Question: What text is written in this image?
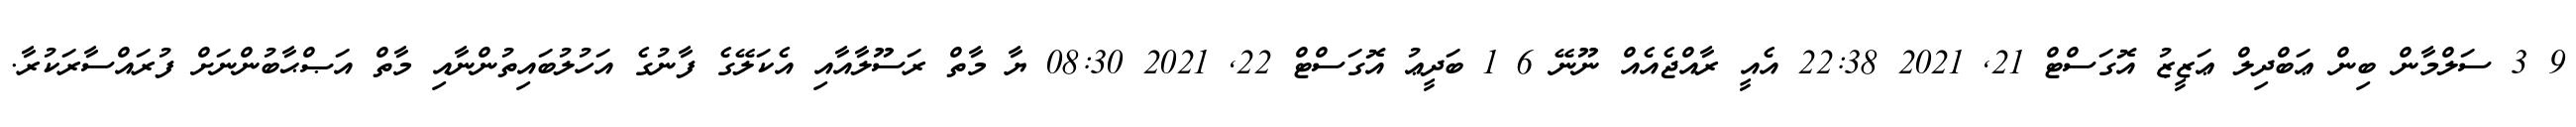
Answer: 9 3 ސަލްމާން ބިން ޢަބްދިލް ޢަޒީޒު އޮގަސްޓް 21, 2021 22:38 އެއީ ރާއްޖެއެއް ނޫނޭ 6 1 ބަދީޢު އޮގަސްޓް 22, 2021 08:30 ޔާ މާތް ރަސޫލާއާއި އެކަލޭގެ ފާނުގެ އަހުލުބައިތުންނާއި މާތް އަޞްޙާބުންނަށް ފުރައްސާރަކުރާ.